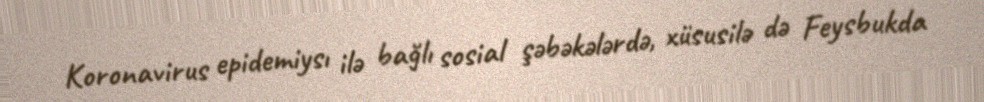
Koronavirus epidemiysı ilə bağlı sosial şəbəkələrdə, xüsusilə də Feysbukda